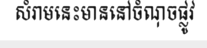
សំរាមនេះមាននៅចំណុចផ្លូវ